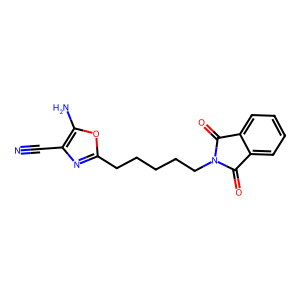
SMILES: N#Cc1nc(CCCCCN2C(=O)c3ccccc3C2=O)oc1N
Inhibits HIV replication: No